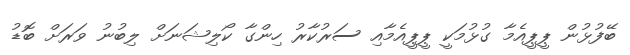
ބޭފުޅުން ޕީޕީއެމާ ގުޅުމަކީ ޕީޕީއެމާއި ސަރުކާރު ހިންގާ ކޯލިޝަނަށް ލިބުނު ވަރަށް ބޮޑު